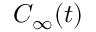
C _ { \infty } ( t )